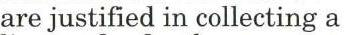
are justified in collecting a